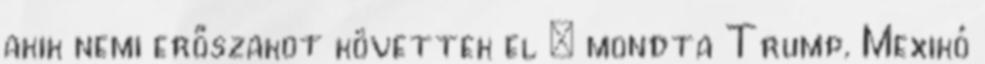
akik nemi erőszakot követtek el – mondta Trump. Mexikó